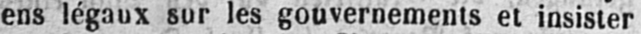
ens légaux sur les gouvernements et insister